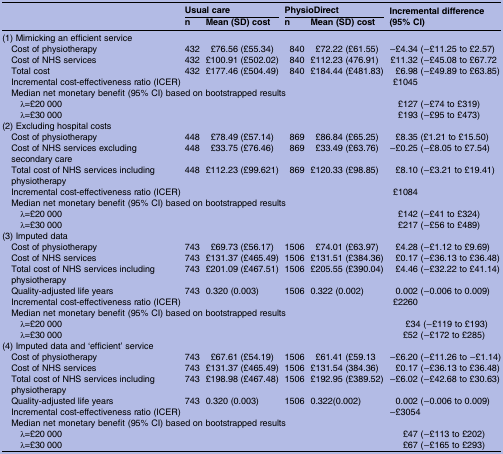
<table><thead><tr><td>[EMPTY_CELL]</td><td colspan="2"><b>Usual care</b></td><td colspan="2"><b>PhysioDirect</b></td><td rowspan="2"><b>Incremental difference (95% CI)</b></td></tr><tr><td>[EMPTY_CELL]</td><td><b>n</b></td><td><b>Mean (SD) cost</b></td><td><b>n</b></td><td><b>Mean (SD) cost</b></td></tr></thead><tbody><tr><td colspan="6">(1) Mimicking an efficient service</td></tr><tr><td> Cost of physiotherapy</td><td>432</td><td>£76.56 (£55.34)</td><td>840</td><td>£72.22 (£61.55)</td><td>−£4.34 (−£11.25 to £2.57)</td></tr><tr><td> Cost of NHS services</td><td>432</td><td>£100.91 (£502.02)</td><td>840</td><td>£112.23 (476.91)</td><td>£11.32 (−£45.08 to £67.72</td></tr><tr><td> Total cost</td><td>432</td><td>£177.46 (£504.49)</td><td>840</td><td>£184.44 (£481.83)</td><td>£6.98 (−£49.89 to £63.85)</td></tr><tr><td colspan="4"> Incremental cost-effectiveness ratio (ICER)</td><td>[EMPTY_CELL]</td><td>£1045</td></tr><tr><td colspan="5"> Median net monetary benefit (95% CI) based on bootstrapped results</td><td>[EMPTY_CELL]</td></tr><tr><td>λ=£20 000</td><td>[EMPTY_CELL]</td><td>[EMPTY_CELL]</td><td>[EMPTY_CELL]</td><td>[EMPTY_CELL]</td><td>£127 (−£74 to £319)</td></tr><tr><td>λ=£30 000</td><td>[EMPTY_CELL]</td><td>[EMPTY_CELL]</td><td>[EMPTY_CELL]</td><td>[EMPTY_CELL]</td><td>£193 (−£95 to £473)</td></tr><tr><td colspan="6">(2) Excluding hospital costs</td></tr><tr><td> Cost of physiotherapy</td><td>448</td><td>£78.49 (£57.14)</td><td>869</td><td>£86.84 (£65.25)</td><td>£8.35 (£1.21 to £15.50)</td></tr><tr><td> Cost of NHS services excluding secondary care</td><td>448</td><td>£33.75 (£76.46)</td><td>869</td><td>£33.49 (£63.76)</td><td>−£0.25 (−£8.05 to £7.54)</td></tr><tr><td> Total cost of NHS services including physiotherapy</td><td>448</td><td>£112.23 (£99.621)</td><td>869</td><td>£120.33 (£98.85)</td><td>£8.10 (−£3.21 to £19.41)</td></tr><tr><td colspan="4"> Incremental cost-effectiveness ratio (ICER)</td><td>[EMPTY_CELL]</td><td>£1084</td></tr><tr><td colspan="5"> Median net monetary benefit (95% CI) based on bootstrapped results</td><td>[EMPTY_CELL]</td></tr><tr><td>λ=£20 000</td><td>[EMPTY_CELL]</td><td>[EMPTY_CELL]</td><td>[EMPTY_CELL]</td><td>[EMPTY_CELL]</td><td>£142 (−£41 to £324)</td></tr><tr><td>λ=£30 000</td><td>[EMPTY_CELL]</td><td>[EMPTY_CELL]</td><td>[EMPTY_CELL]</td><td>[EMPTY_CELL]</td><td>£217 (−£56 to £489)</td></tr><tr><td colspan="6">(3) Imputed data</td></tr><tr><td> Cost of physiotherapy</td><td>743</td><td>£69.73 (£56.17)</td><td>1506</td><td>£74.01 (£63.97)</td><td>£4.28 (−£1.12 to £9.69)</td></tr><tr><td> Cost of NHS services</td><td>743</td><td>£131.37 (£465.49)</td><td>1506</td><td>£131.51 (£384.36)</td><td>£0.17 (−£36.13 to £36.48)</td></tr><tr><td> Total cost of NHS services including physiotherapy</td><td>743</td><td>£201.09 (£467.51)</td><td>1506</td><td>£205.55 (£390.04)</td><td>£4.46 (−£32.22 to £41.14)</td></tr><tr><td> Quality-adjusted life years</td><td>743</td><td>0.320 (0.003)</td><td>1506</td><td>0.322 (0.002)</td><td>0.002 (−0.006 to 0.009)</td></tr><tr><td colspan="4"> Incremental cost-effectiveness ratio (ICER)</td><td>[EMPTY_CELL]</td><td>£2260</td></tr><tr><td colspan="5"> Median net monetary benefit (95% CI) based on bootstrapped results</td><td>[EMPTY_CELL]</td></tr><tr><td>λ=£20 000</td><td>[EMPTY_CELL]</td><td>[EMPTY_CELL]</td><td>[EMPTY_CELL]</td><td>[EMPTY_CELL]</td><td> £34 (−£119 to £193)</td></tr><tr><td>λ=£30 000</td><td>[EMPTY_CELL]</td><td>[EMPTY_CELL]</td><td>[EMPTY_CELL]</td><td>[EMPTY_CELL]</td><td>£52 (−£172 to £285)</td></tr><tr><td colspan="6">(4) Imputed data and ‘efficient’ service</td></tr><tr><td> Cost of physiotherapy</td><td>743</td><td>£67.61 (£54.19)</td><td>1506</td><td>£61.41 (£59.13</td><td>−£6.20 (−£11.26 to −£1.14)</td></tr><tr><td> Cost of NHS services</td><td>743</td><td>£131.37 (£465.49)</td><td>1506</td><td>£131.54 (384.36)</td><td>£0.17 (−£36.13 to £36.48)</td></tr><tr><td> Total cost of NHS services including physiotherapy</td><td>743</td><td>£198.98 (£467.48)</td><td>1506</td><td>£192.95 (£389.52)</td><td>−£6.02 (−£42.68 to £30.63)</td></tr><tr><td> Quality-adjusted life years</td><td>743</td><td>0.320 (0.003)</td><td>1506</td><td>0.322(0.002)</td><td>0.002 (−0.006 to 0.009)</td></tr><tr><td colspan="4"> Incremental cost-effectiveness ratio (ICER)</td><td>[EMPTY_CELL]</td><td>−£3054</td></tr><tr><td colspan="5"> Median net monetary benefit (95% CI) based on bootstrapped results</td><td>[EMPTY_CELL]</td></tr><tr><td>λ=£20 000</td><td>[EMPTY_CELL]</td><td>[EMPTY_CELL]</td><td>[EMPTY_CELL]</td><td>[EMPTY_CELL]</td><td>£47 (−£113 to £202)</td></tr><tr><td>λ=£30 000</td><td>[EMPTY_CELL]</td><td>[EMPTY_CELL]</td><td>[EMPTY_CELL]</td><td>[EMPTY_CELL]</td><td>£67 (−£165 to £293)</td></tr></tbody></table>